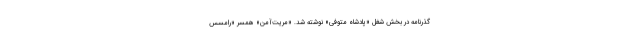
گذرنامه در بخش شغل «پادشاه متوفی» نوشته شد. «مریت‌آمن» همسر «رامسس